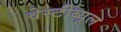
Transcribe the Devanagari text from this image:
वेस्टीब्यूल